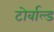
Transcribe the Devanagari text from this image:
टोर्वाल्ड